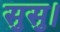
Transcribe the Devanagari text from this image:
सुसु।